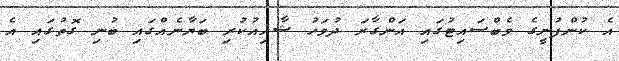
އެ ކުންފުނީގެ ވެބްސައިޓުގައި އަންގާރަ ދުވަހު ޝާއިއުކުރި ބަޔާނެއްގައި ބުނި ގޮތުގައި އެ